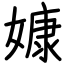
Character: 嫝